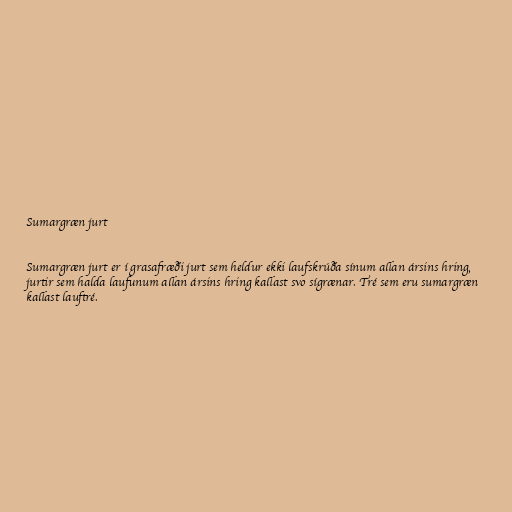
Sumargræn jurt

Sumargræn jurt er í grasafræði jurt sem heldur ekki laufskrúða sínum allan ársins hring,
jurtir sem halda laufunum allan ársins hring kallast svo sígrænar. Tré sem eru sumargræn
kallast lauftré.